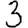
Digit: 3